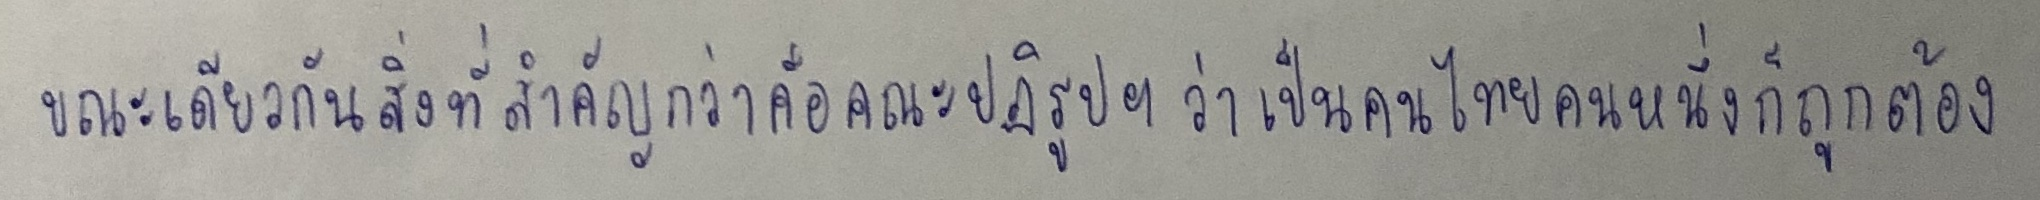
ขณะเดียวกันสิ่งที่สำคัญกว่าคือคณะปฏิรูปฯว่าเป็นคนไทยคนหนึ่งก็ถูกต้อง